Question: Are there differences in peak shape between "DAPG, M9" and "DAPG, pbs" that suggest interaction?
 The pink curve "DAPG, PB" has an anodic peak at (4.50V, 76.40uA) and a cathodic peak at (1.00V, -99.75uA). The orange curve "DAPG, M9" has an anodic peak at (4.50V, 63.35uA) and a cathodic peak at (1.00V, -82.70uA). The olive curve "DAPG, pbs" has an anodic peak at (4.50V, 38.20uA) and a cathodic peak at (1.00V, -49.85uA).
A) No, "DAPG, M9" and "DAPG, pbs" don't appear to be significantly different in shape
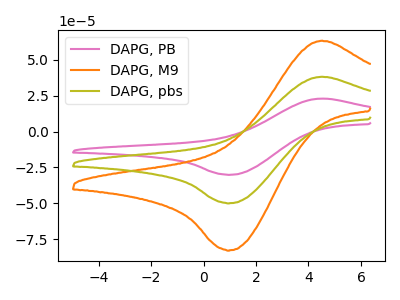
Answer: <think>All the peaks in "DAPG, M9" have a peak in "DAPG, pbs" at the same potential. Every peak in "DAPG, M9" is higher than every peak in "DAPG, pbs".
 </think>
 <answer>A) No, "DAPG, M9" and "DAPG, pbs" don't appear to be significantly different in shape</answer>
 <eval>A</eval>